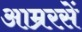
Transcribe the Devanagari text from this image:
आम्ररसें